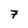
Character: 7